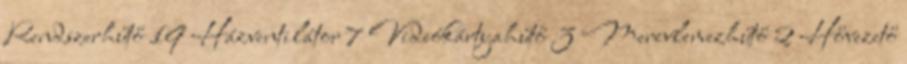
Rendszerhűtő 19 Házventilátor 7 Videókártyahűtő 3 Merevlemezhűtő 2 Hővezető